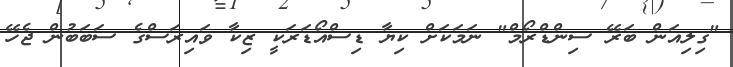
"ގިލިއަން ބަރޭ ސިންޑްރޯމް" ނަމަކަށް ކިޔާ ޑިސްއޯޑަރަކީ ޒިކާ ވައިރަސްގެ ސަބަބުން ޖެހޭ